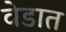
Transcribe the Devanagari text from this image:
वेडात